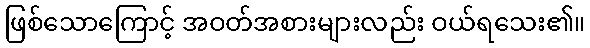
ဖြစ်သောကြောင့် အဝတ်အစားများလည်း ဝယ်ရသေး၏။